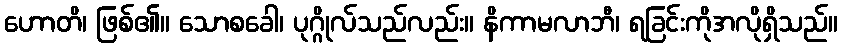
ဟောတိ၊ ဖြစ်၏။ သောစခေါ၊ ပုဂ္ဂိုလ်သည်လည်း။ နိကာမလာဘီ၊ ရခြင်းကိုအလိုရှိသည်။